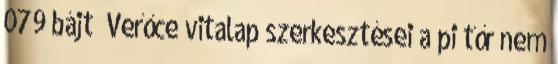
079 bájt ‎Verőce vitalap szerkesztései a pi tőr nem